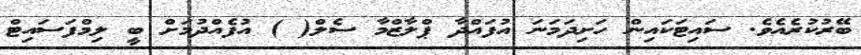
ބޭރުކުރެއެވެ. ސައިޓަކައިން ހަށިދަމަނަ އުފައްދާ ޕްލާޒްމާ ސެލް( ) އުފެއްދުމަށް ބީ ލިމްފަސައިޓް